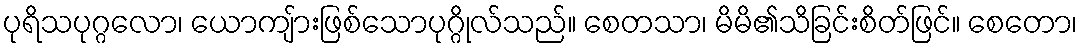
ပုရိသပုဂ္ဂလော၊ ယောကျ်ားဖြစ်သောပုဂ္ဂိုလ်သည်။ စေတသာ၊ မိမိ၏သိခြင်းစိတ်ဖြင်။ စေတော၊